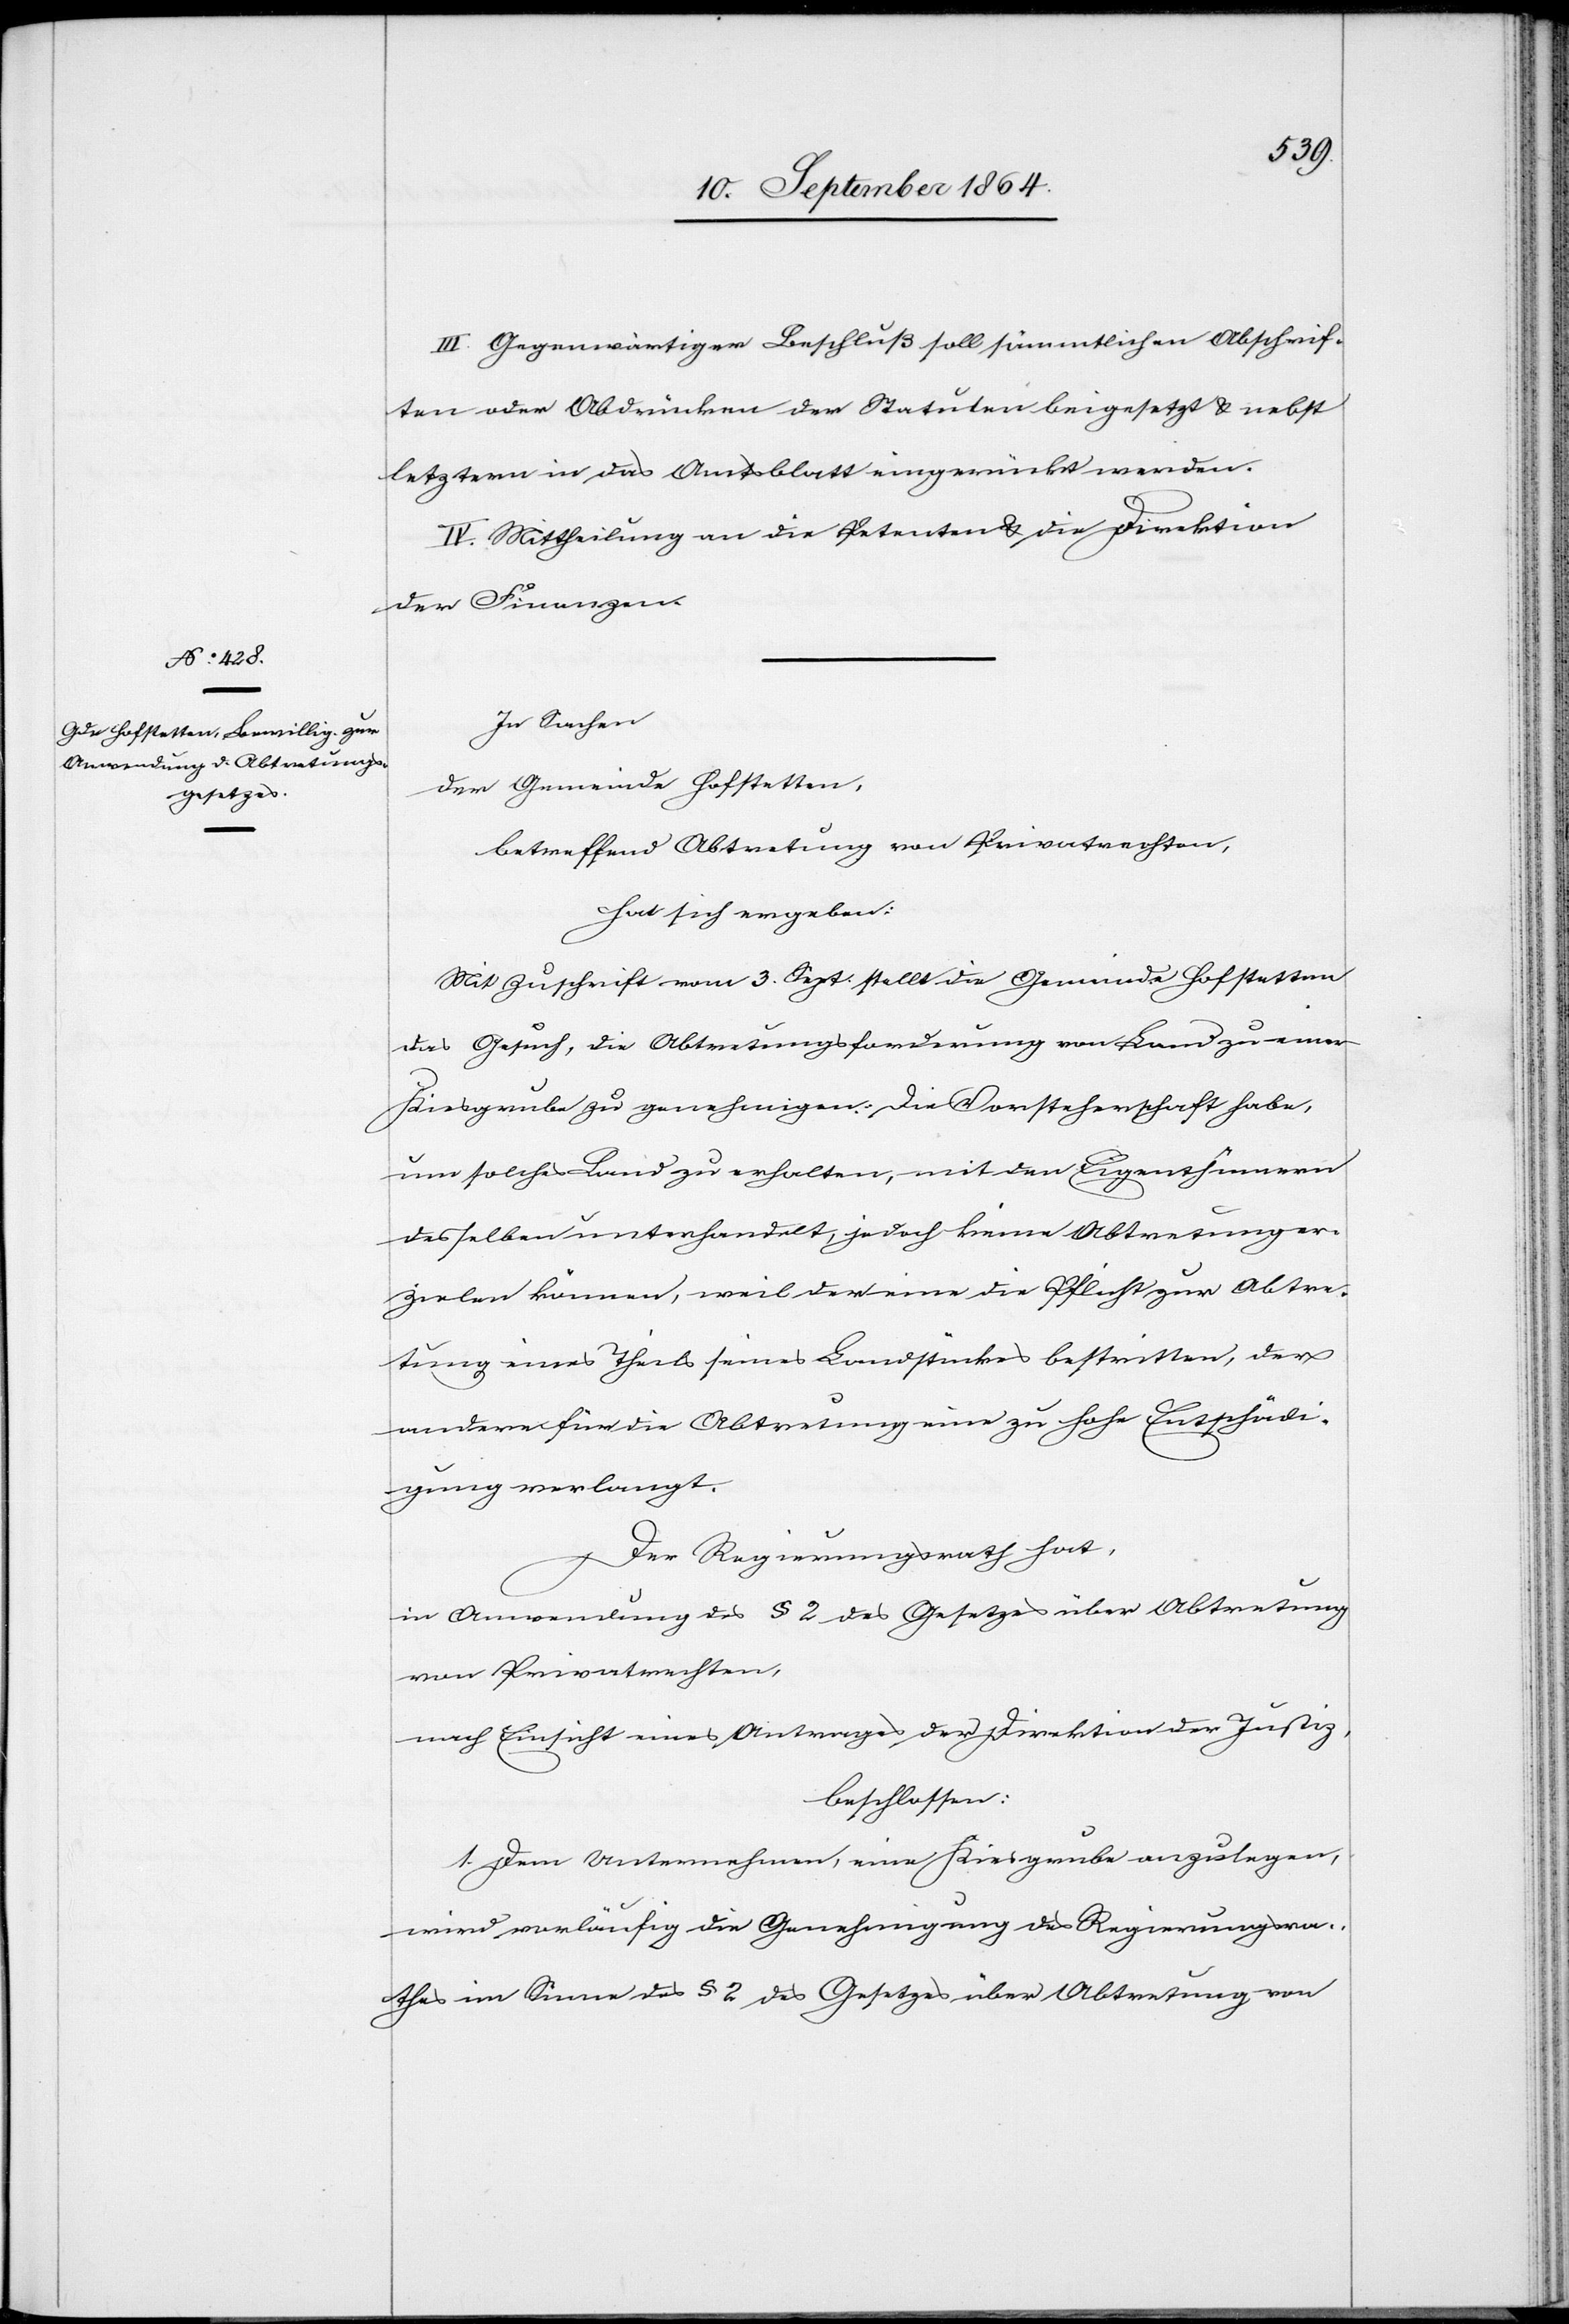
III. Gegenwärtiger Beschluß soll sämmtlichen Abschrif¬
ten oder Abdrücken der Statuten beigesetzt & nebst
letztern in das Amtsblatt eingerückt werden.
IV. Mittheilung an die Petenten & die Direktion
der Finanzen.
In Sachen
der Gemeinde Hofstetten
betreffend Abtretung von Privatrechten
hat sich ergeben:
Mit Zuschrift vom 3. Sept. stellt die Gemeinde Hofstetten
das Gesuch, die Abtretungsforderung von Land zu einer
Kiesgrube zu genehmigen. Die Vorsteherschaft habe,
um solches Land zu erhalten, mit den Eigenthümern
desselben unterhandelt, jedoch keine Abtretung er¬
zielen könne, weil der eine die Pflicht zur Abtre¬
tung eines Theils seines Landstückes bestritten, der
andere für die Abtretung eine zu hohe Entschädi¬
gung verlangt.
Der Regierungsrath hat,
in Anwendung des § 2 des Gesetzes über Abtretung
von Privatrechten,
nach Einsicht eines Antrages der Direktion der Justiz,
beschlossen:
1. Dem Unternehmen, eine Kiesgrube anzulegen,
wird vorläufig die Genehmigung des Regierungsra¬
thes im Sinne des § 2 des Gesetzes über Abtretung von